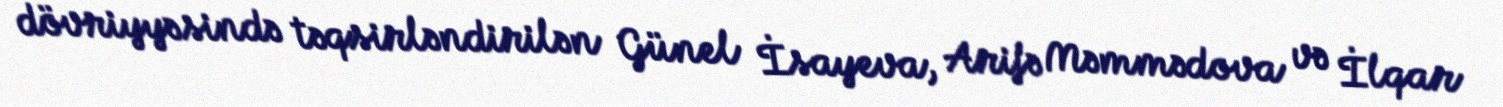
dövriyyəsində təqsirləndirilən Günel İsayeva, Arifə Məmmədova və İlqar